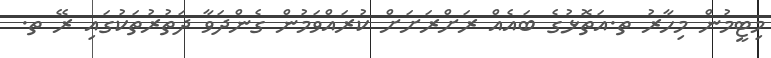
މިޓީމުން މިހާރު ތ.އަތޮޅުގެ ބައެއް ރަށްރަށަށް ކުރައްވަމުން ގެންދަވާ ދަތުރުތަކުގައި ރޭ ތ.